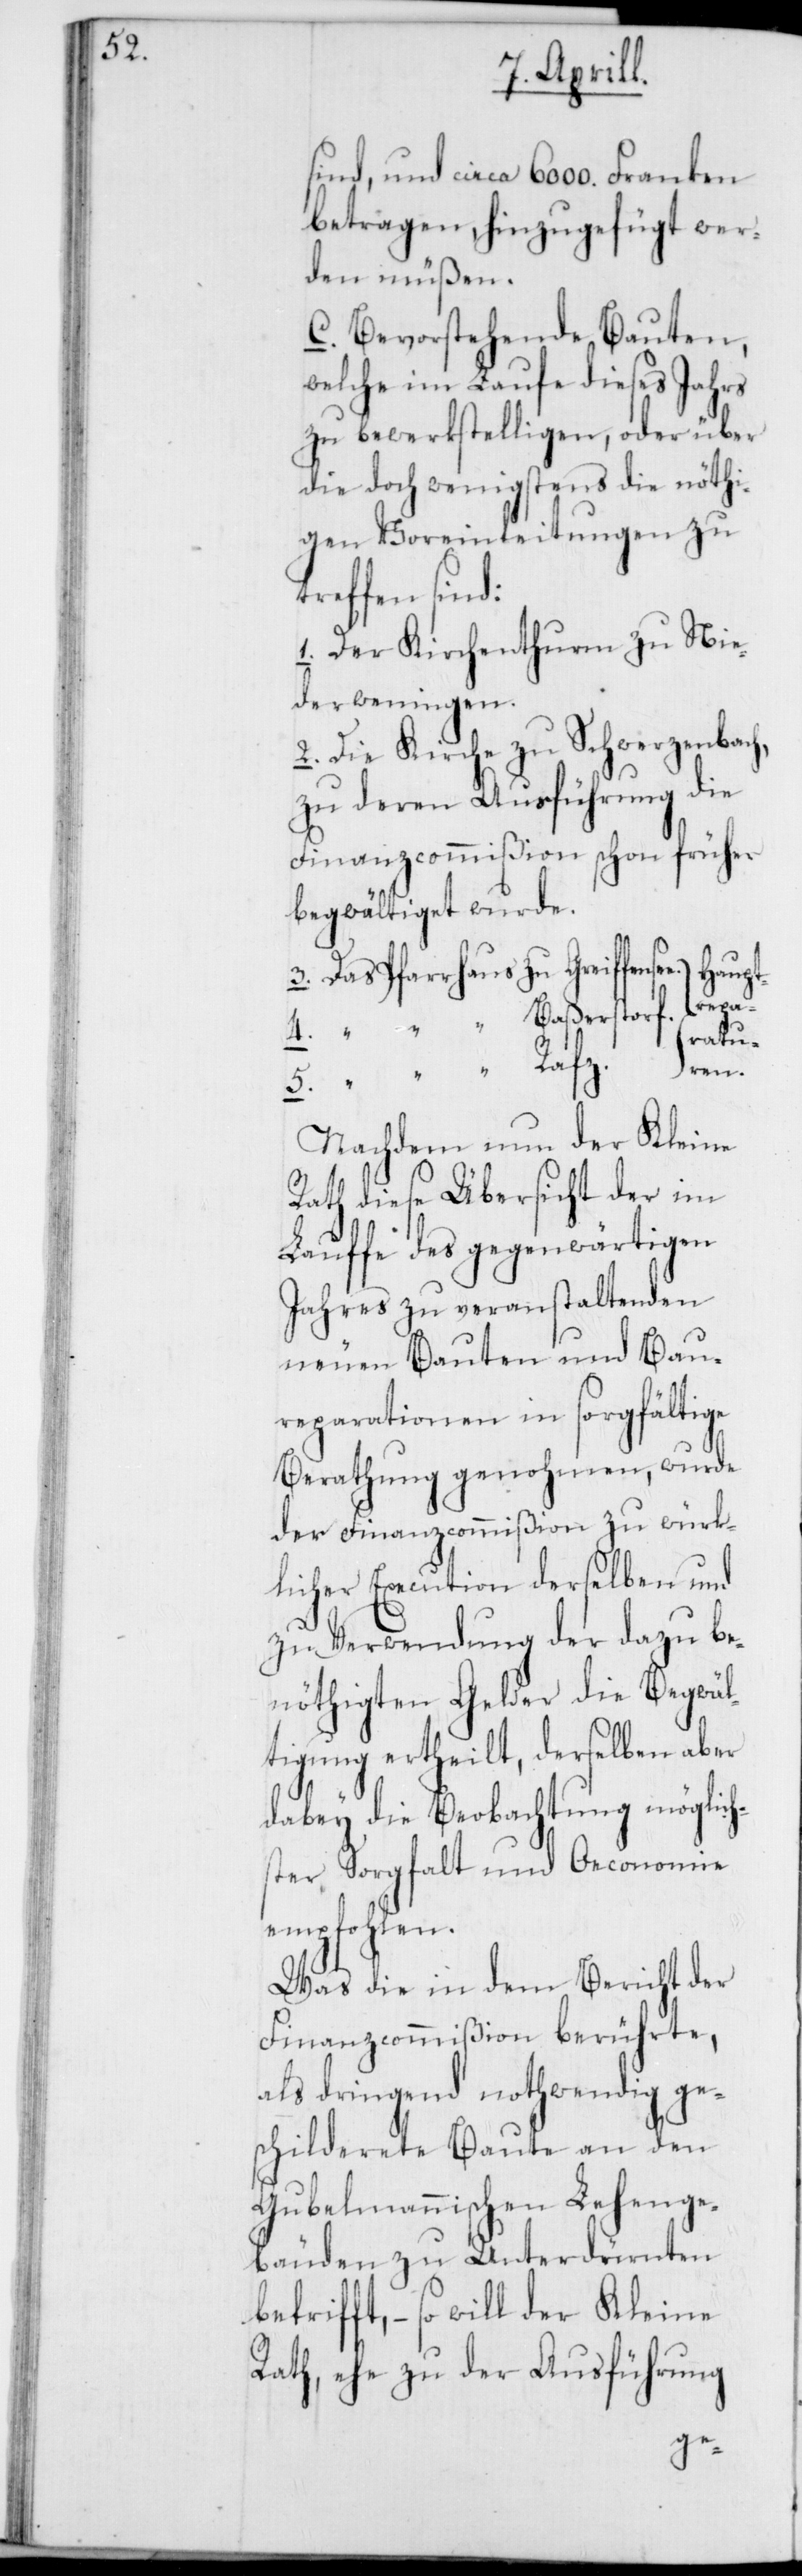
sind, und circa 6000. Franken
betragen, hinzugefügt wer¬
den müßen.
C. Bevorstehende Bauten,
welche im Laufe dieses Jahrs
zu bewerkstelligen, oder über
die doch wenigstens die nöthi¬
gen Voreinleitungen zu
treffen sind:
1. Der Kirchenthurm zu Nie¬
derweningen.
2. Die Kirche zu Schwerzenbach,
zu deren Ausführung die
Finanzcommißion schon früher
begwältiget wurde.
5. Das Pfarrhaus zu Rafz, Haupt¬
ren.
ratu¬
Nachdem nun der Kleine
Rath diese Übersicht der im
Laufe des gegenwärtigen
Jahres zu veranstaltenden
neuen Bauten und Bau¬
reparationen in sorgfältige
Berathung genohmen, wurde
der Finanzcommißion zu würk¬
licher Execution derselben und
zu Verwendung der dazu be¬
nöthigten Gelder die Begwäl¬
tigung ertheilt, derselben aber
dabey die Beobachtung möglich¬
ster Sorgfalt und Oeconomie
empfohlen.
Was die in dem Bericht der
Finanzcommißion berührte,
als dringend nothwendig ge¬
schilderete Baute an den
Gubelmannischen Lehenge¬
bäuden zu Unterdürnten
betrifft, – so will der Kleine
Rath, ehe zu der Ausführung